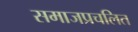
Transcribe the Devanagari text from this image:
समाजप्रचलित